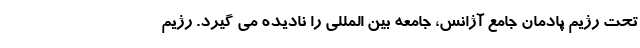
تحت رژیم پادمان جامع آژانس، جامعه بین المللی را نادیده می گیرد. رژیم